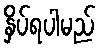
နှိပ်ရပါမည်